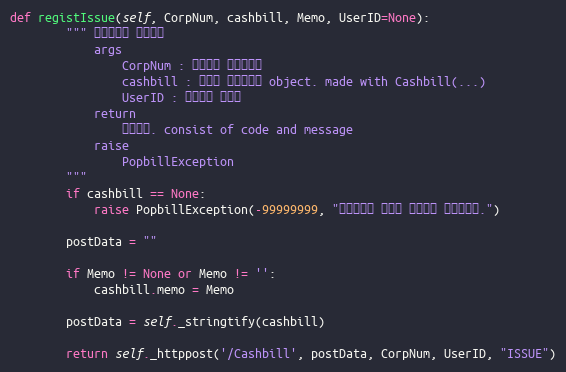
Language: Python
def registIssue(self, CorpNum, cashbill, Memo, UserID=None):
        """ 현금영수증 즉시발행
            args
                CorpNum : 팝빌회원 사업자번호
                cashbill : 등록할 현금영수증 object. made with Cashbill(...)
                UserID : 팝빌회원 아이디
            return
                처리결과. consist of code and message
            raise
                PopbillException
        """
        if cashbill == None:
            raise PopbillException(-99999999, "현금영수증 정보가 입력되지 않았습니다.")

        postData = ""

        if Memo != None or Memo != '':
            cashbill.memo = Memo

        postData = self._stringtify(cashbill)

        return self._httppost('/Cashbill', postData, CorpNum, UserID, "ISSUE")